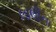
લાલીના